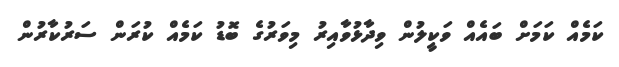
ކަމެއް ކަމަށް ބައެއް ވަކީލުން ވިދާޅުވާއިރު މިވަރުގެ ބޮޑު ކަމެއް ކުރަން ސަރުކާރުން